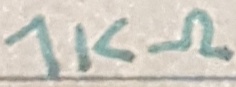
Text: 1KΩ